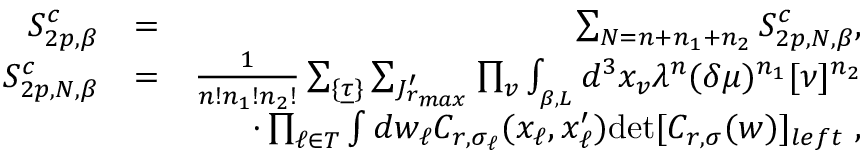
\begin{array} { r l r } { S _ { 2 p , \beta } ^ { c } } & { = } & { \sum _ { N = n + n _ { 1 } + n _ { 2 } } S _ { 2 p , N , \beta } ^ { c } , } \\ { S _ { 2 p , N , \beta } ^ { c } } & { = } & { \frac { 1 } { n ! n _ { 1 } ! n _ { 2 } ! } \sum _ { \{ \underline { { \tau } } \} } \sum _ { { \cal J } _ { r _ { m a x } } ^ { \prime } } \prod _ { v } \int _ { \L _ { \beta , L } } d ^ { 3 } x _ { v } \lambda ^ { n } ( \delta \mu ) ^ { n _ { 1 } } [ \nu ] ^ { n _ { 2 } } } \\ & { } & { \quad \cdot \prod _ { \ell \in { \cal T } } \int d w _ { \ell } C _ { r , \sigma _ { \ell } } ( x _ { \ell } , x _ { \ell } ^ { \prime } ) { \operatorname* { d e t } } [ C _ { r , \sigma } ( w ) ] _ { l e f t } \ , } \end{array}